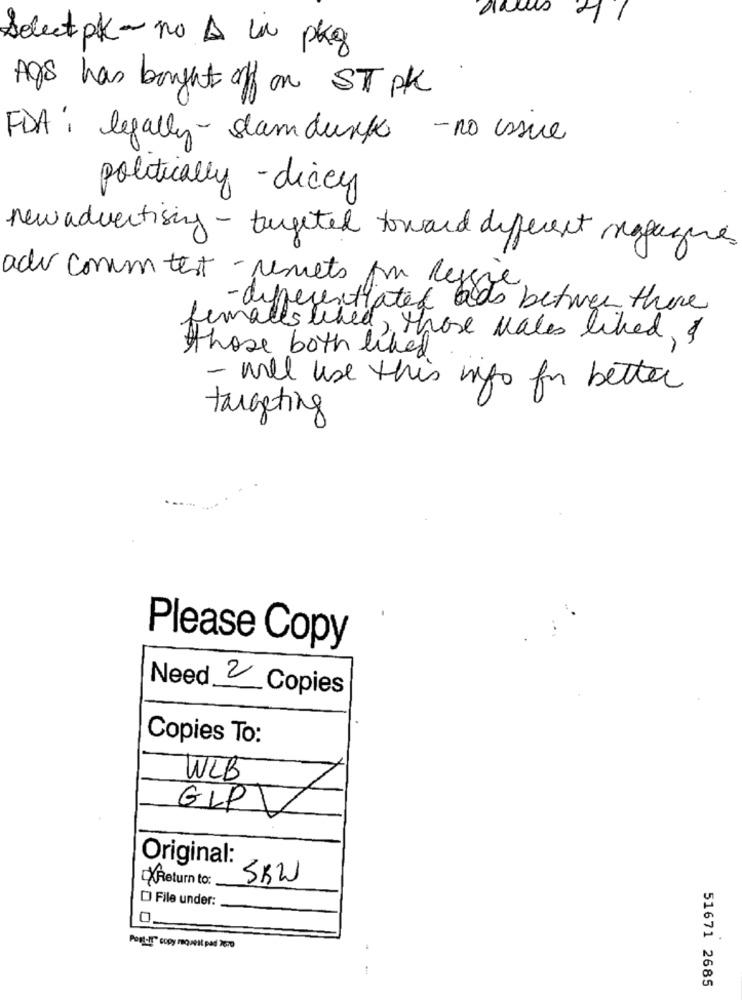
Select pk - no A in pkg
Ags has bought off on ST PK
FDA : legally- slamdunk - no issue
politically - dicey
new advertising - targeted toward different meggages
adv comum test - remets pour Reggie
- differentiated bids betwen there
female
sliced, those wales liked, &
those both liked.
- will use this info for better
targeting
Please Copy
Need 2 Copies
Copies To:
WLB
GIPT
Original:
Return to:
SKW
[] File under:
Post -! " copy request pad 2670
51671 2685